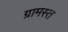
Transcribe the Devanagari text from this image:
ग्रामस्त